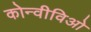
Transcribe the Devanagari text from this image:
कोन्वीविओ